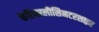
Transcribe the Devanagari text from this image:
कैरियरलीसिनटरशाइर